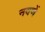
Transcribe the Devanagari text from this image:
नवणें